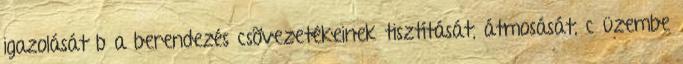
igazolását b a berendezés csõvezetékeinek tisztítását, átmosását, c üzembe